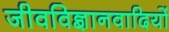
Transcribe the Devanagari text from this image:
जीवविज्ञानवादियों